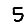
Digit: 5